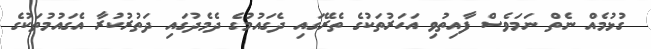
ގުޅުމެއް ނެތް ނަމަވެސް ފާއިތުވި އަހަރުތަކުގެ ތެރޭގައި ދެގައުމުގެ ދެމެދުގައި ދަތުރުކުރާ އެގައުމުތަކުގެ